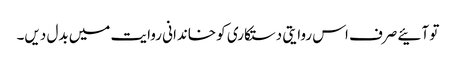
تو آئیے صرف اس روایتی دستکاری کو خاندانی روایت میں بدل دیں۔